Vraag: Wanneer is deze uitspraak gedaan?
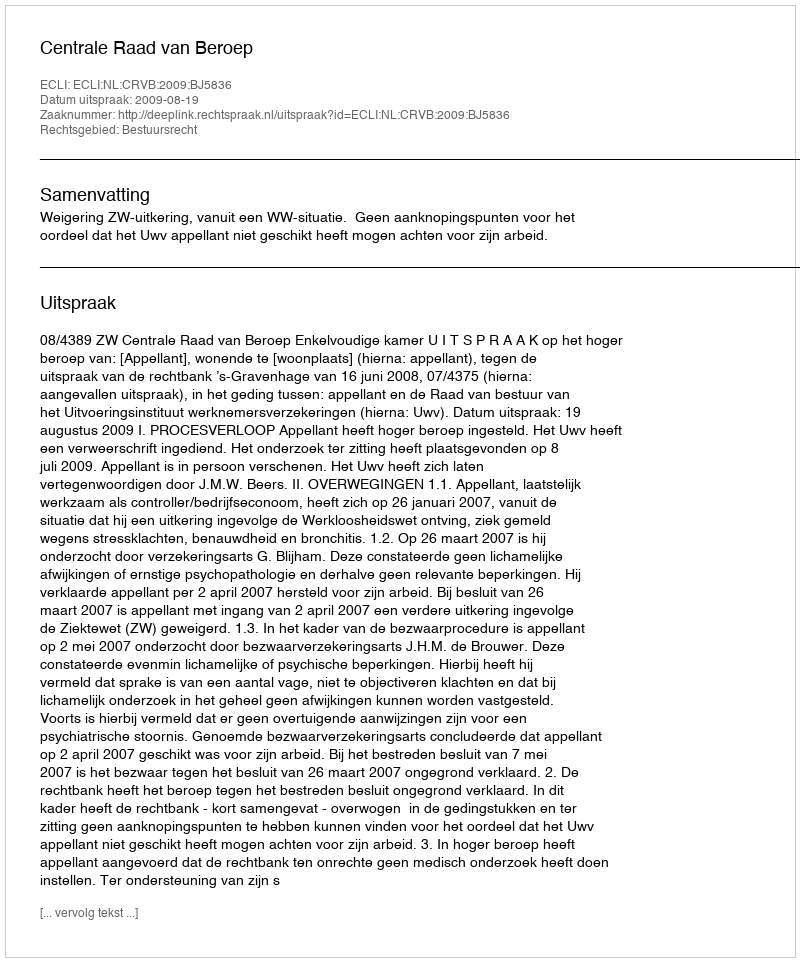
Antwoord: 2009-08-19